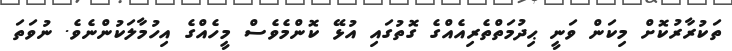
ތަކުރާރުކޮށް މިކަން ވަނީ ޙިދުމަތްތެރިއެއްގެ ގޮތުގައި އުޅޭ ކޮންމެވެސް މީހެއްގެ އިހުމާލަކުންނެވެ. ނުވަތަ